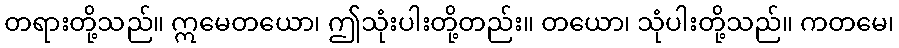
တရားတို့သည်။ ဣမေတယော၊ ဤသုံးပါးတို့တည်း။ တယော၊ သုံပါးတို့သည်။ ကတမေ၊